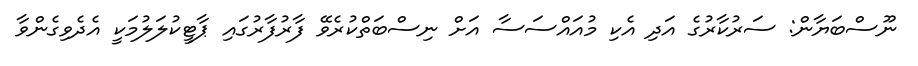
ނޫސްބަޔާން: ސަރުކާރުގެ އަދި އެކި މުއައްސަސާ އަށް ނިސްބަތްކުރެވޭ ފާރުފާރުގައި ޕާޓީކުލަލުމަކީ އެދެވިގެންވާ